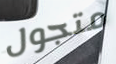
متجول